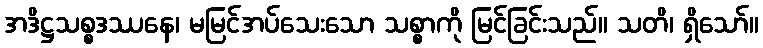
အဒိဋ္ဌသစ္စဒဿနေ၊ မမြင်အပ်သေးသော သစ္စာကို မြင်ခြင်းသည်။ သတိ၊ ရှိသော်။